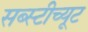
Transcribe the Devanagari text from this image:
सब्स्टीच्यूट